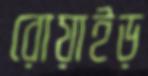
রোয়াইড়